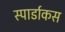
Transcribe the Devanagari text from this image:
स्पार्डाकस